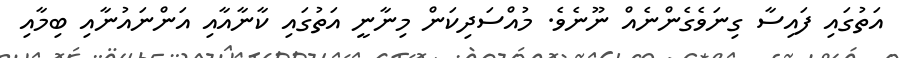
އަތުގައި ފައިސާ ގިނަވެގެންނެއް ނޫނެވެ. މުއްސަދިކަން މިނާނީ އަތުގައި ކާނާއާއި އަންނައުނާއި ބިމާއި